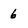
Character: 6